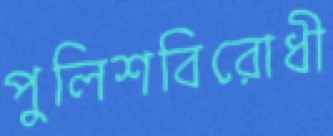
পুলিশবিরোধী